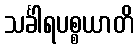
သင်္ခါရပစ္စယာတိ